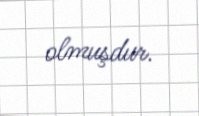
olmuşdur.